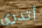
أتدرى